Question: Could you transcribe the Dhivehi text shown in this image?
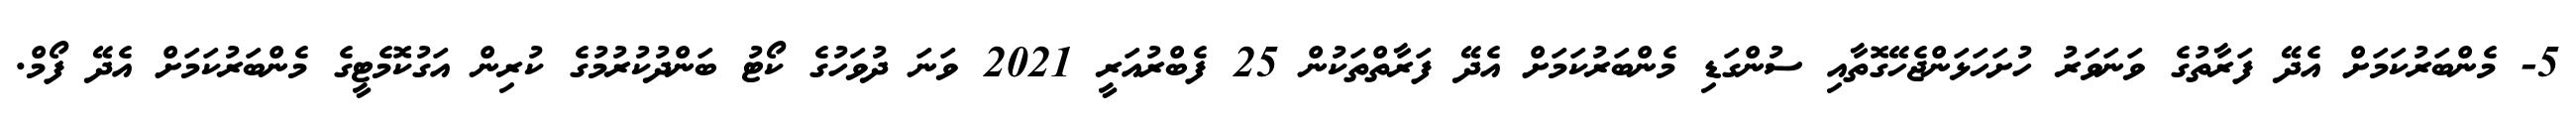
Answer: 5- މެންބަރުކަމަށް އެދޭ ފަރާތުގެ ވަނަވަރު ހުށަހަޅަންޖެހޭގޮތާއި ސުންގަޑި މެންބަރުކަމަށް އެދޭ ފަރާތްތަކުން 25 ފެބްރުއަރީ 2021 ވަނަ ދުވަހުގެ ކޯޓު ބަންދުކުރުމުގެ ކުރިން އަގުކޮމެޓީގެ މެންބަރުކަމަށް އެދޭ ފޯމް.